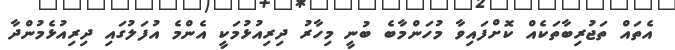
އެތައް ތަޖުރިބާތަކެއް ކޮށްފައިވާ މުހަންމާބެ ބުނީ މިހާރު ދިރިއުޅުމަކީ އެންމެ އުފަލުގައި ދިރިއުޅެމުންދާ